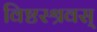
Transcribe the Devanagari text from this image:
विष्टरश्रवस्